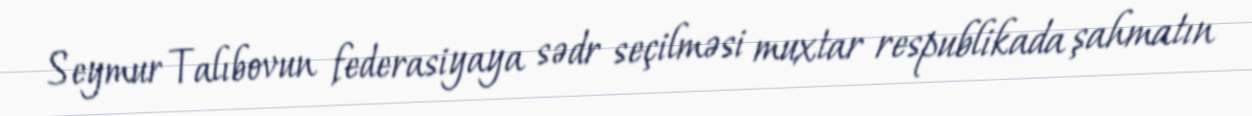
Seymur Talıbovun federasiyaya sədr seçilməsi muxtar respublikada şahmatın